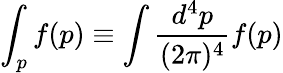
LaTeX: \int_{p}f(p)\equiv\int\frac{d^{4}p}{(2\pi)^{4}}f(p)